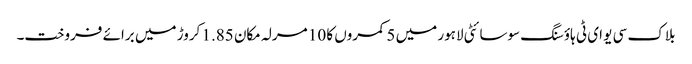
بلاک سی یو ای ٹی ہاؤسنگ سوسائٹی لاہور میں 5 کمروں کا 10 مرلہ مکان 1.85 کروڑ میں برائے فروخت۔